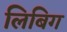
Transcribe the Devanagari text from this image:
लिबिग